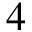
4